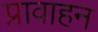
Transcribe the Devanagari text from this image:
प्रावाहन